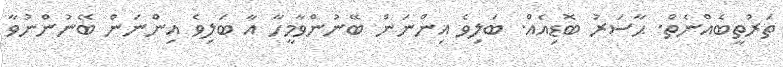
ތަރުތީބެއްނެތް. ޙާސަރު ބޮޑިއެއް. ބަލިވެ އިންނަން ބޭނުންވާމީހާ އާ ބަލިވެ އިންނަން ބޭނުންނުވާ